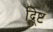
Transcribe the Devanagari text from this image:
द्र्ष्टि